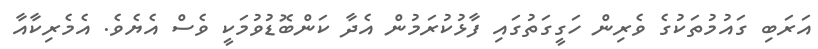
އަރަބި ގައުމުތަކުގެ ވެރިން ހަގީގަތުގައި ފާޅުކުރަމުން އެދާ ކަންބޮޑުވުމަކީ ވެސް އެޔެވެ. އެމެރިކާއާ